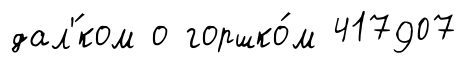
дал'́ком о горшко́м 417907